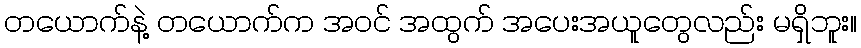
တယောက်နဲ့ တယောက်က အဝင် အထွက် အပေးအယူတွေလည်း မရှိဘူး။